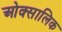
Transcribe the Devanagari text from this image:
ओक्सालिक